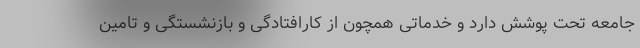
جامعه تحت پوشش دارد و خدماتی همچون از کارافتادگی و بازنشستگی و تامین